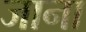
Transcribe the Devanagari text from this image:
जाना